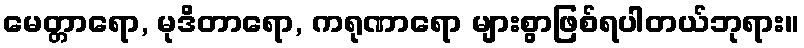
မေတ္တာရော, မုဒိတာရော, ကရုဏာရော များစွာဖြစ်ရပါတယ်ဘုရား။